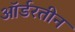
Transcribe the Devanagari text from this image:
ऑर्डरतीन